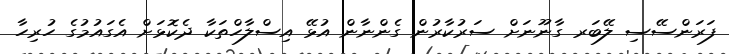
ފަރަންސޭސި ލޭބަރ ގާނޫނަށް ސަރުކާރުން ގެންނާން އުޅޭ އިސްލާހްތަކާ ދެކޮޅަށް އެގައުމުގެ ހުރިހާ